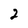
Character: 2